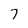
Character: 7